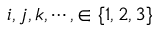
i , j , k , \cdots , \in \{ 1 , 2 , 3 \}